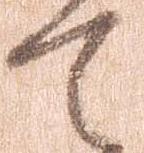
て